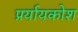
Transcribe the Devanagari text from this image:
प्रर्यायकोश